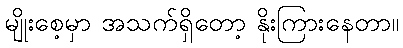
မျိုးစေ့မှာ အသက်ရှိတော့ နိုးကြားနေတာ။